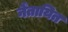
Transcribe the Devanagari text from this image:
नैंतायित